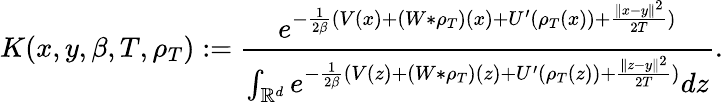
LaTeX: K(x,y,\beta,T,\rho_{T}):=\frac{e^{-\frac{1}{2\beta}(V(x)+(W*\rho_{T})(x)+U^{\prime}(\rho_{T}(x))+\frac{\| x-y\| ^{2}}{2T})}}{\int_{\mathbb{R}^{d}}e^{-\frac{1}{2\beta}(V(z)+(W*\rho_{T})(z)+U^{\prime}(\rho_{T}(z))+\frac{\| z-y\| ^{2}}{2T})}dz}.